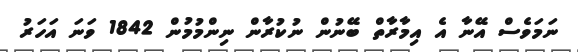
ނަމަވެސް އޭނާ އެ އިމާރާތް ބޭނުން ނުކުރާން ނިންމުމުން 1842 ވަނަ އަހަރު